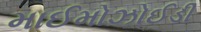
માઈમોઝોઈડી